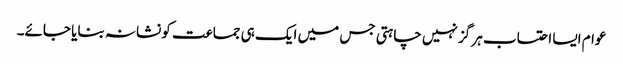
عوام ایسا احتساب ہر گز نہیں چاہتی جس میں ایک ہی جماعت کو نشانہ بنایا جائے۔